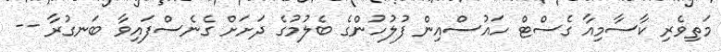
މަތިވެރި ކާސާމިއާ ގެސްޓް ހައުސްއިން ފުލުހުންގެ ބެލުމުގެ ދަށަށް ގެނެސްފައިވާ ބަނގުރާ --